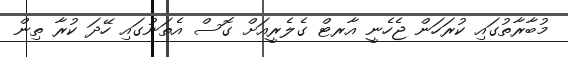
މުބާރާތުގައި ކުރަހަން ޖެހެނީ އާރޓް ގެލެރީއަށް ގޮސް އެތަނުގައި ހޭދަ ކުރާ ތިން